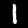
Label: 1